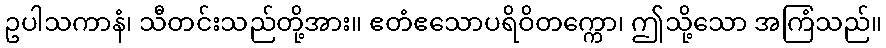
ဥပါသကာနံ၊ သီတင်းသည်တို့အား။ ဧတံဧသောပရိဝိတက္ကော၊ ဤသို့သော အကြံသည်။